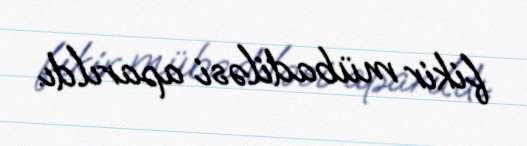
fikir mübadiləsi aparıldı.